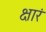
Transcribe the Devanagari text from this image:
क्षारं